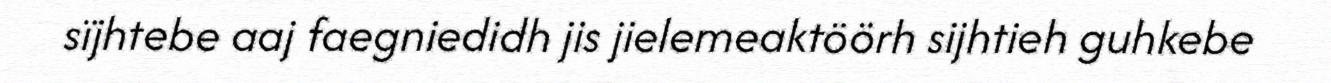
sïjhtebe aaj faegniedidh jis jielemeaktöörh sijhtieh guhkebe